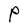
Character: P